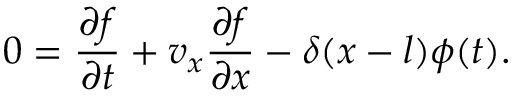
0 = \frac { \partial f } { \partial t } + v _ { x } \frac { \partial f } { \partial x } - \delta ( x - l ) \phi ( t ) .